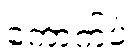
ကောက်ပဲ